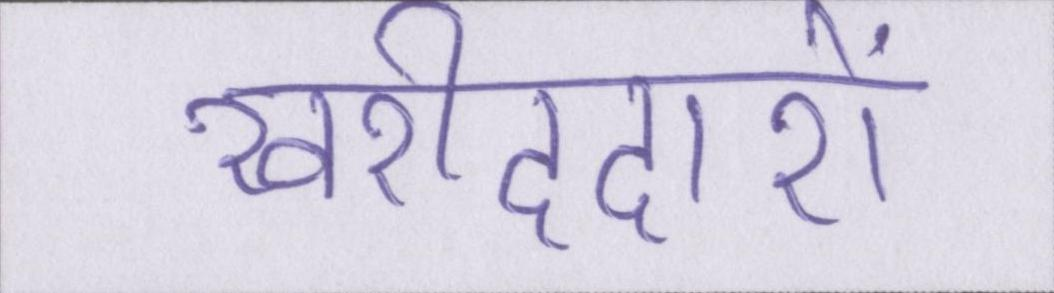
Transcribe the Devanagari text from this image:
खरीददारों